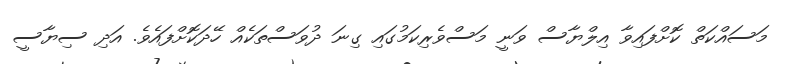
މަސައްކަތް ކޮށްފައިވާ އިލްޔާސް ވަނީ މަސްވެރިކަމުގައި ގިނަ ދުވަސްތަކެއް ހޭދަކޮށްފައެވެ. އަދި ސިޔާސީ